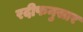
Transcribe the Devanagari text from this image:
रदीफनुसार